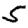
Digit: 5